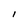
Character: I